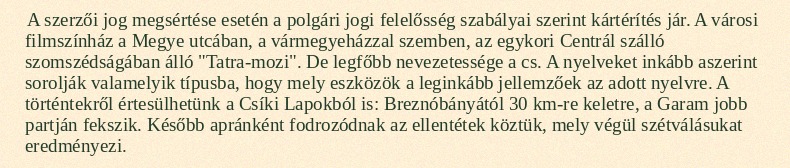
A szerzői jog megsértése esetén a polgári jogi felelősség szabályai szerint kártérítés jár. A városi filmszínház a Megye utcában, a vármegyeházzal szemben, az egykori Centrál szálló szomszédságában álló "Tatra-mozi". De legfőbb nevezetessége a cs. A nyelveket inkább aszerint sorolják valamelyik típusba, hogy mely eszközök a leginkább jellemzőek az adott nyelvre. A történtekről értesülhetünk a Csíki Lapokból is: Breznóbányától 30 km-re keletre, a Garam jobb partján fekszik. Később apránként fodrozódnak az ellentétek köztük, mely végül szétválásukat eredményezi.